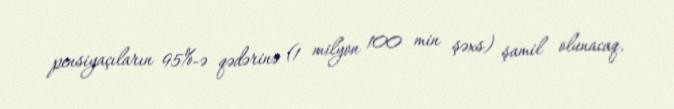
pensiyaçıların 95%-ə qədərinə (1 milyon 100 min şəxs) şamil olunacaq.